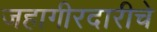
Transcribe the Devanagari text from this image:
जहागीरदारीचे